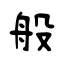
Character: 般